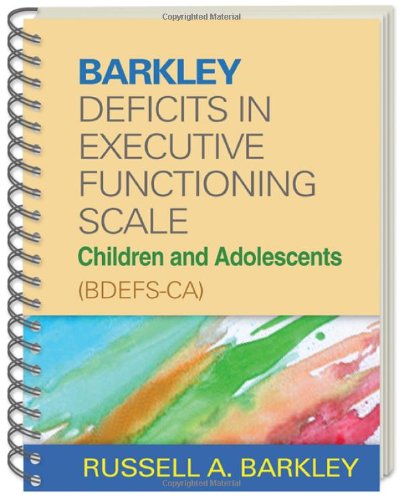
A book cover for Barkley Deficits in Executive Functioning Scale--Children and Adolescents (BDEFS-CA); Russell A. Barkley PhD  ABPP  ABCN; Health, Fitness & Dieting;